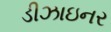
ડીઝાઇનર